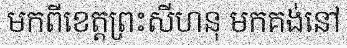
មកពីខេត្តព្រះសីហនុ មកគង់នៅ